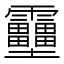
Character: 𱁪